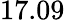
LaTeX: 17.09